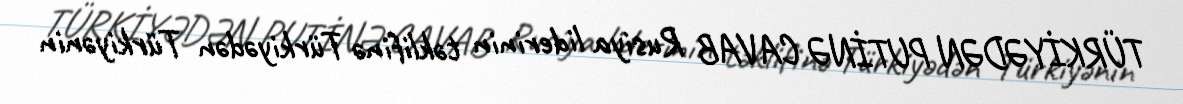
TÜRKİYƏDƏN PUTİNƏ CAVAB Rusiya liderinin təklifinə Türkiyədən Türkiyənin